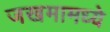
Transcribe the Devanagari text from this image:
जखमामध्ये